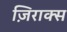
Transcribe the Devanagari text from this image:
ज़िराक्स